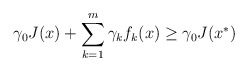
\begin{align*} \gamma_0J(x)+\sum\limits_{k=1}^m\gamma_kf_k(x)\ge \gamma_0J(x^*)\end{align*}